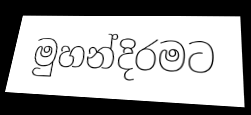
මුහන්දිරමට